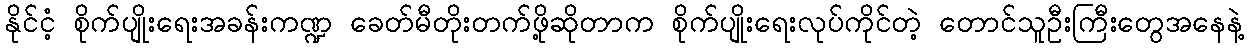
နိုင်ငံ့ စိုက်ပျိုးရေးအခန်းကဏ္ဍ ခေတ်မီတိုးတက်ဖို့ဆိုတာက စိုက်ပျိုးရေးလုပ်ကိုင်တဲ့ တောင်သူဦးကြီးတွေအနေနဲ့